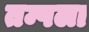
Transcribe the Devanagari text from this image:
तम्पला